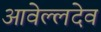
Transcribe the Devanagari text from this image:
आवेल्लदेव